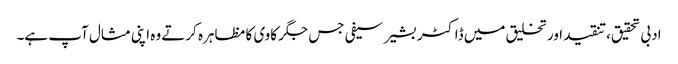
ادبی تحقیق،تنقید اور تخلیق میں ڈاکٹر بشیر سیفی جس جگر کاوی کا مظاہرہ کرتے وہ اپنی مثال آپ ہے۔